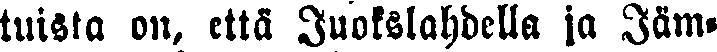
tuista on, että Juotslahdella ja Jäm-